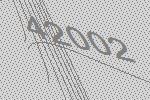
42002